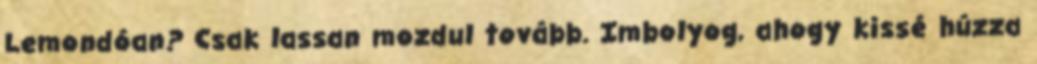
Lemondóan? Csak lassan mozdul tovább. Imbolyog, ahogy kissé húzza